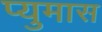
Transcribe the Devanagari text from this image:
प्युमास